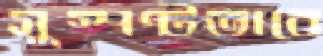
সুস্পষ্টভাবে